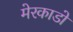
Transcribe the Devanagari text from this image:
मेरकाडो